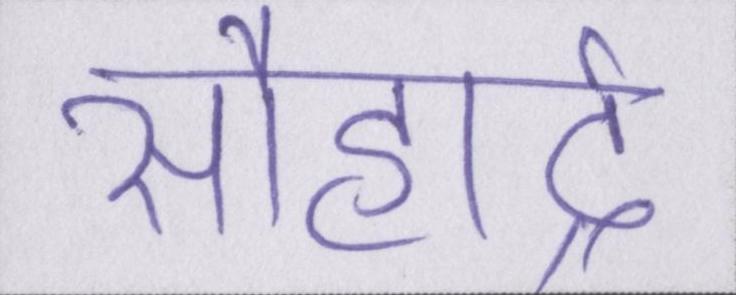
सौहार्द्र